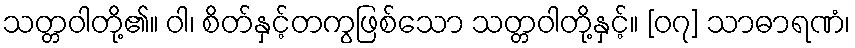
သတ္တဝါတို့၏။ ဝါ၊ စိတ်နှင့်တကွဖြစ်သော သတ္တဝါတို့နှင့်။ [၀၇] သာဓာရဏံ၊